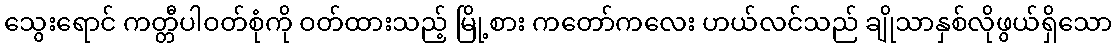
သွေးရောင် ကတ္တီပါဝတ်စုံကို ဝတ်ထားသည့် မြို့စား ကတော်ကလေး ဟယ်လင်သည် ချိုသာနှစ်လိုဖွယ်ရှိသော